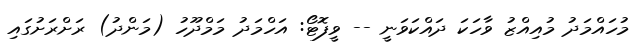
މުހައްމަދު މުއިއްޒު ވާހަކަ ދައްކަވަނީ -- ވީފޮޓޯ: އަހްމަދު މަމްދޫހު (މަންދު) ރަށްރަށުގައި